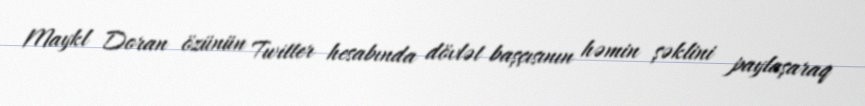
Maykl Doran özünün Twitter hesabında dövlət başçısının həmin şəklini paylaşaraq